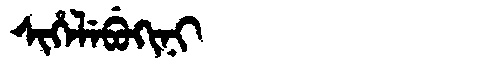
Manchu: ᠰᡳᡥᡝᠯᡝᠪᡠᡴᡳᠨᡳ
Romanization: SIHELEBUKINI